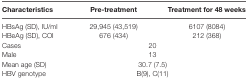
<table><thead><tr><td><b>Characteristics</b></td><td><b>Pre-treatment</b></td><td><b>Treatment for 48 weeks</b></td></tr></thead><tbody><tr><td>HBsAg (SD), IU/ml</td><td>29,945 (43,519)</td><td>6107 (8084)</td></tr><tr><td>HBeAg (SD), COI</td><td>676 (434)</td><td>212 (368)</td></tr><tr><td>Cases</td><td colspan="2">20</td></tr><tr><td>Male</td><td colspan="2">13</td></tr><tr><td>Mean age (SD)</td><td colspan="2">30.7 (7.5)</td></tr><tr><td>HBV genotype</td><td colspan="2">B(9), C(11)</td></tr></tbody></table>